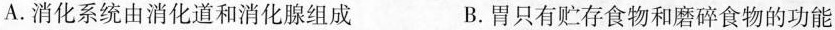
A.消化系统由消化道和消化腺组成 B.胃只有贮存食物和磨碎食物的功能